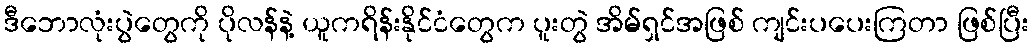
ဒီဘောလုံးပွဲတွေကို ပိုလန်နဲ့ ယူကရိန်းနိုင်ငံတွေက ပူးတွဲ အိမ်ရှင်အဖြစ် ကျင်းပပေးကြတာ ဖြစ်ပြီး